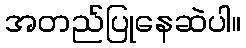
အတည်ပြုနေဆဲပါ။